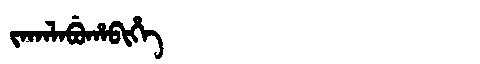
Manchu: ᠵᠠᡴᠠᠯᠠᠪᡠᡥᠠᠪᡳᡥᡝ
Romanization: JAKALABUHABIHE